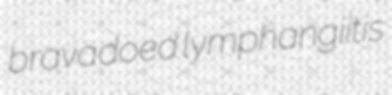
bravadoed lymphangiitis